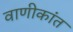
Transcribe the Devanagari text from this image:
वाणीकांत